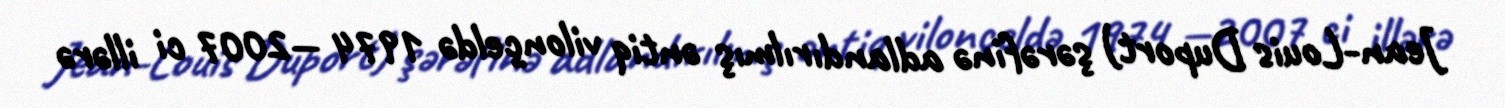
Jean-Louis Duport) şərəfinə adlandırılmış əntiq vilonçeldə 1974 —2007 ci illərə